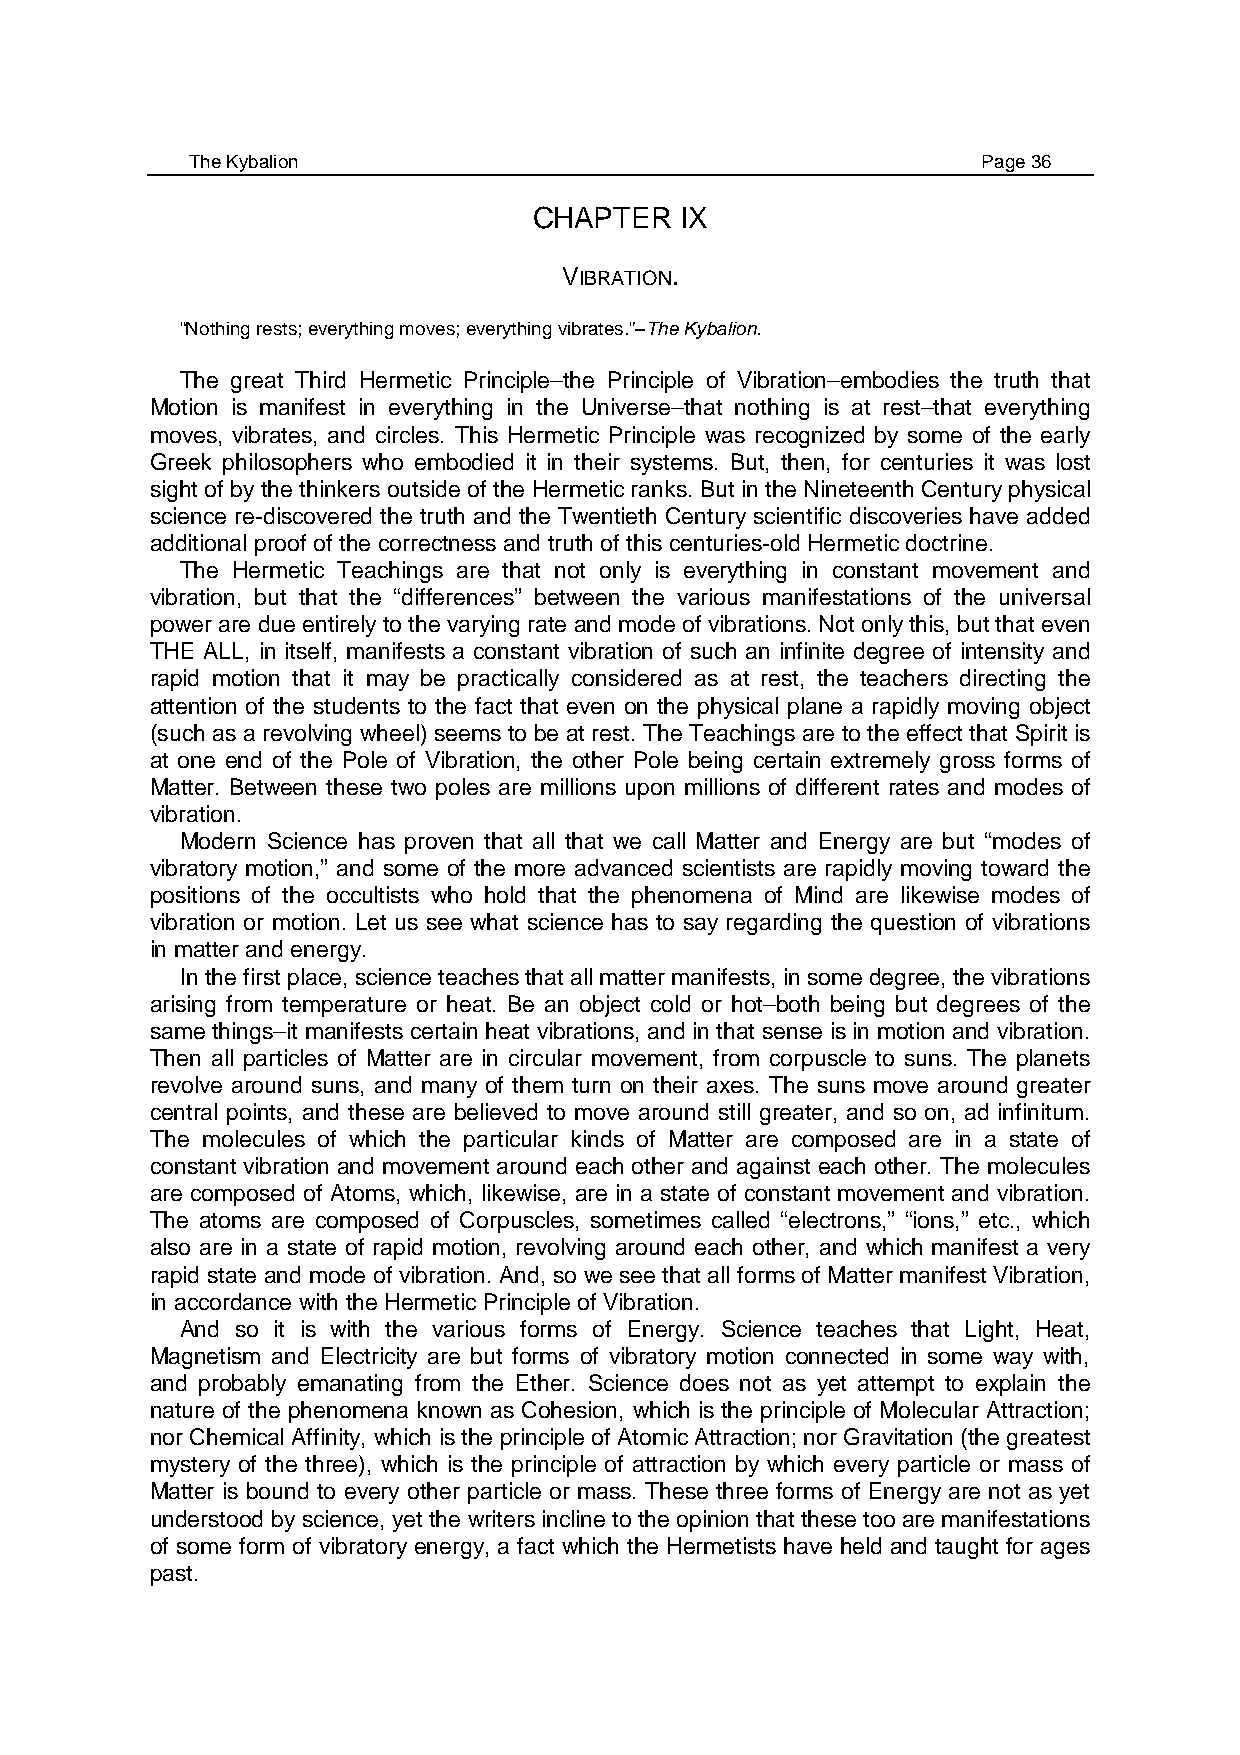
The Kybalion                                        Page 36
 CHAPTER   IX
 VIBRATION.
 “Nothing rests; everything moves; everything vibrates.”–The Kybalion.
 The great Third Hermetic Principle–the Principle of Vibration–embodies the truth that
 Motion is manifest in everything in the Universe–that nothing is at rest–that everything
 moves, vibrates, and circles. This Hermetic Principle was recognized by some of the early
 Greek philosophers who embodied it in their systems. But, then, for centuries it was lost
 sight of by the thinkers outside of the Hermetic ranks. But in the Nineteenth Century physical
 science re-discovered the truth and the Twentieth Century scientific discoveries have added
 additional proof of the correctness and truth of this centuries-old Hermetic doctrine.
 The Hermetic Teachings are that not only is everything in constant movement and
 vibration, but that the “differences” between the various manifestations of the universal
 power are due entirely to the varying rate and mode of vibrations. Not only this, but that even
 THE ALL, in itself, manifests a constant vibration of such an infinite degree of intensity and
 rapid motion that it may be practically considered as at rest, the teachers directing the
 attention of the students to the fact that even on the physical plane a rapidly moving object
 (such as a revolving wheel) seems to be at rest. The Teachings are to the effect that Spirit is
 at one end of the Pole of Vibration, the other Pole being certain extremely gross forms of
 Matter. Between these two poles are millions upon millions of different rates and modes of
 vibration.
 Modern Science has proven that all that we call Matter and Energy are but “modes of
 vibratory motion,” and some of the more advanced scientists are rapidly moving toward the
 positions of the occultists who hold that the phenomena of Mind are likewise modes of
 vibration or motion. Let us see what science has to say regarding the question of vibrations
 in matter and energy.
 In the first place, science teaches that all matter manifests, in some degree, the vibrations
 arising from temperature or heat. Be an object cold or hot–both being but degrees of the
 same things–it manifests certain heat vibrations, and in that sense is in motion and vibration.
 Then all particles of Matter are in circular movement, from corpuscle to suns. The planets
 revolve around suns, and many of them turn on their axes. The suns move around greater
 central points, and these are believed to move around still greater, and so on, ad infinitum.
 The molecules of which the particular kinds of Matter are composed are in a state of
 constant vibration and movement around each other and against each other. The molecules
 are composed of Atoms, which, likewise, are in a state of constant movement and vibration.
 The atoms are composed of Corpuscles, sometimes called “electrons,” “ions,” etc., which
 also are in a state of rapid motion, revolving around each other, and which manifest a very
 rapid state and mode of vibration. And, so we see that all forms of Matter manifest Vibration,
 in accordance with the Hermetic Principle of Vibration.
 And so it is with the various forms of Energy. Science teaches that Light, Heat,
 Magnetism and Electricity are but forms of vibratory motion connected in some way with,
 and probably emanating from the Ether. Science does not as yet attempt to explain the
 nature of the phenomena known as Cohesion, which is the principle of Molecular Attraction;
 nor Chemical Affinity, which is the principle of Atomic Attraction; nor Gravitation (the greatest
 mystery of the three), which is the principle of attraction by which every particle or mass of
 Matter is bound to every other particle or mass. These three forms of Energy are not as yet
 understood by science, yet the writers incline to the opinion that these too are manifestations
 of some form of vibratory energy, a fact which the Hermetists have held and taught for ages
 past.